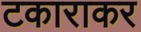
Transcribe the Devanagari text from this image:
टकाराकर